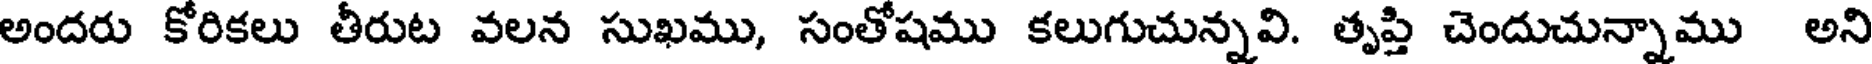
అందరు కోరికలు తీరుట వలన సుఖము, సంతోషము కలుగుచున్నవి. తృప్తి చెందుచున్నాము అని